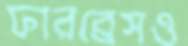
ফারব্রেসও